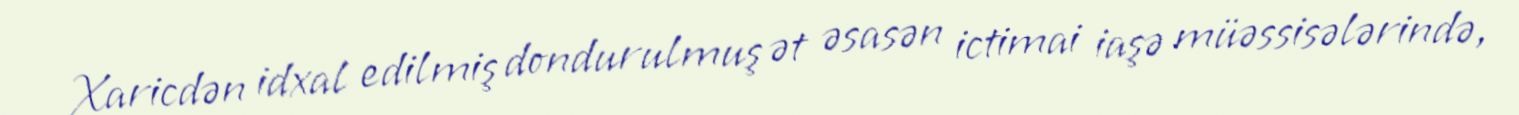
Xaricdən idxal edilmiş dondurulmuş ət əsasən ictimai iaşə müəssisələrində,